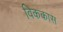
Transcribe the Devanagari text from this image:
विककास